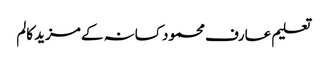
تعلیم عارف محمود کسانہ کے مزید کالم